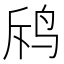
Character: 𪉄